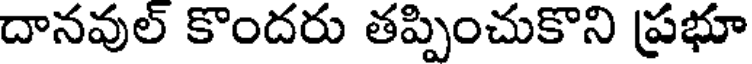
దానవుల్ కొందరు తప్పించుకొని ప్రభూ